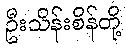
ဦးသိန်းစိန်တို့